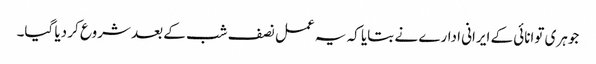
جوہری توانائی کے ایرانی ادارے نے بتایا کہ یہ عمل نصف شب کے بعد شروع کر دیا گیا۔